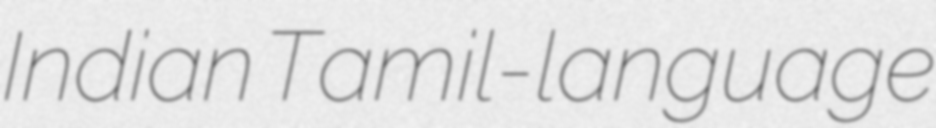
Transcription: Indian Tamil-language